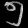
Digit: ၅